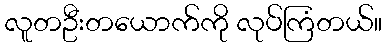
လူတဦးတယောက်ကို လုပ်ကြံတယ်။